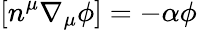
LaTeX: [n^{\mu}\nabla_{\mu}\phi]=-\alpha\phi